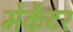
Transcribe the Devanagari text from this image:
मेर्केटर